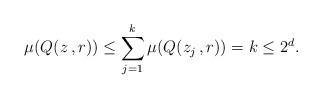
\begin{align*}\mu(Q(z\,,r)) \le \sum_{j=1}^k \mu(Q(z_j\,,r)) = k \le 2^d.\end{align*}